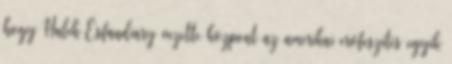
hogy Haleh Esfandiary vezette központ az amerikai erőfeszítés egyik